Annual report of the Punjab Veterinary College and of the Civil Veterinary Department, Punjab - 1909-1919
Year: 1909
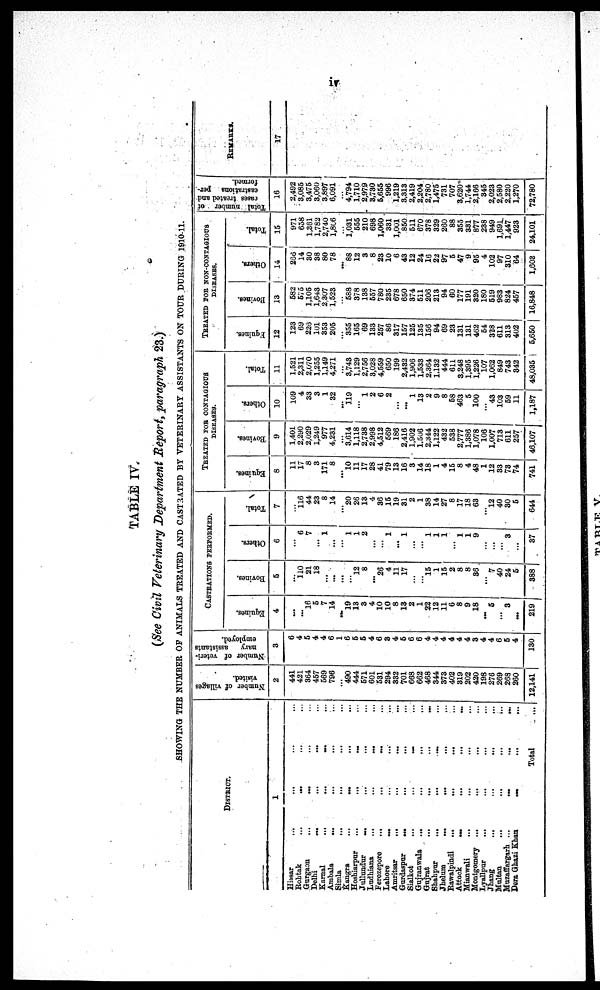
iv
TABLE IV.
(See Civil Veterinary Department Report, paragraph 23.)
SHOWING THE NUMBER OF ANIMALS TREATED AND CASTRATED BY VETERINARY ASSISTANTS ON TOUR DURING 1910-11.
DISTRICT.
1
Hissar ............
Rohtak
............
Gurgaon ............
Delhi
............
Karnal
............
Ambala
............
Simla
............
Kangra
............
Hoshiarpur
............
Jullundur ............
Ludhiana
............
Ferozepore ............
Lahore
............
Amritsar
............
Gurdaspur ............
Sialkot
............
Gujranwala
...........
Gujrat
............
Shahpur ............
Jhelum
............
Rawalpindi
............
Attock
............
Mianwali
............
Montgomery
............
Lyallpur
............
Jhang
............
Multan
............
Muzaffargarh
............
Dera Ghazi Khan.........
Total...
Number of villages
visited.
2
441
421
364
457
569
796
...
490
444
571
601
531
294
332
701
668
662
468
344
373
402
319
202
420
198
276
269
268
260
12,141
Number of veteri-
nary
assistants
employed.
3
6
4
5
4
4
6
1
6
5
5
4
6
3
4
5
6
6
4
4
4
4
4
4
3
4
4
6
5
4
130
CASTRATION PERFORMED.
Equines.
4
...
...
16
5
7
14
...
19
13
3
4
10
10
8
13
2
1
22
12
11
6
8
9
18
...
5
...
3
...
219
Bovines.
5
...
110
21
18
...
...
...
...
12
8
...
26
4
11
17
...
...
15
1
15
2
8
8
86
...
7
40
24
5
388
Others.
6
...
6
7
...
1
...
...
1
1
2
...
1
...
1
...
...
1
1
1
...
1
1
9
...
...
...
3
...
37
Total.
7
...
116
44
23
8
14
...
20
26
13
4
36
15
19
31
2
1
38
14
27
8
17
18
63
...
12
40
30
5
644
TREATED FOR CONTAGIOUS
DISEASES.
Equines.
8
11
17
8
3
171
8
...
10
11
17
28
41
79
13
16
3
14
18
1
4
15
8
4
48
1
12
33
73
74
741
Bovines.
9
1,401
2,290
2,029
1,249
977
4,231
...
3,614
1,118
2,738
2,998
4,512
569
186
2,416
1,902
1,506
2,344
1,122
432
538
2,777
1,386
1,078
106
1,007
713
611
257
46,107
Others.
10
109
4
33
3
1
32
...
119
...
1
2
6
2
...
...
1
13
2
9
8
58
463
5
100
...
43
103
59
11
1,187
Total.
11
1,521
2,311
2,070
1,255
1,149
4,271
...
3,743
1,129
2,756
3,028
4,559
650
199
2,432
1,906
1,533
2,364
1.132
444
611
3,248
1,395
1,226
107
1,062
849
743
342
48,035
TREATED FOR NON-CONTAGIOUS
DISEASES.
Fquines.
12
123
69
226
101
353
205
...
355
165
69
133
257
86
317
157
125
135
156
94
69
23
131
131
462
54
328
611
313
402
5,650
Bovines.
13
582
575
1,105
1,643
2,307
1,523
...
588
378
138
557
780
235
678
650
374
511
206
213
94
60
177
191
320
180
519
983
824
457
16,848
Others.
14
236
14
30
38
80
78
...
88
12
3
8
23
10
6
43
12
24
16
22
97
5
47
9
95
4
102
97
310
64
1,603
Total.
15
971
658
1,361
1,782
2,740
1,806
...
1,031
555
210
698
1,060
331
1,001
850
511
670
378
329
260
88
355
331
877
238
949
1,691
1,447
923
24,101
Total number of
rases treated and
castrations per-
formed.
16
2,492
3,085
3,475
3,060
3,897
6,091
...
4,794
1,710
2,979
3,730
5,655
996
1,219
3,313
2,419
2,204
2,780
1,475
731
707
3,620
1,744
2,166
345
2,023
2,580
2,220
1,270
72,780
REMARKS.
17